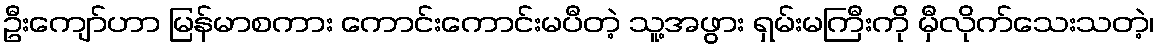
ဦးကျော်ဟာ မြန်မာစကား ကောင်းကောင်းမပီတဲ့ သူ့အဖွား ရှမ်းမကြီးကို မှီလိုက်သေးသတဲ့၊